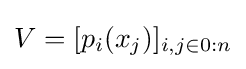
V=[p_{i}(x_{j})]_{i,j\in 0:n}